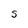
Character: S